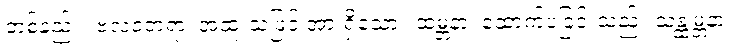
တစ်နည်း။ ဗလဝတရာ၊ အထူးသဖြင့် အားရှိသော။ ထမ္ဘနာ၊ ထောက်ပံ့ခြင်းသည်။ သန္ထမ္ဘနာ၊